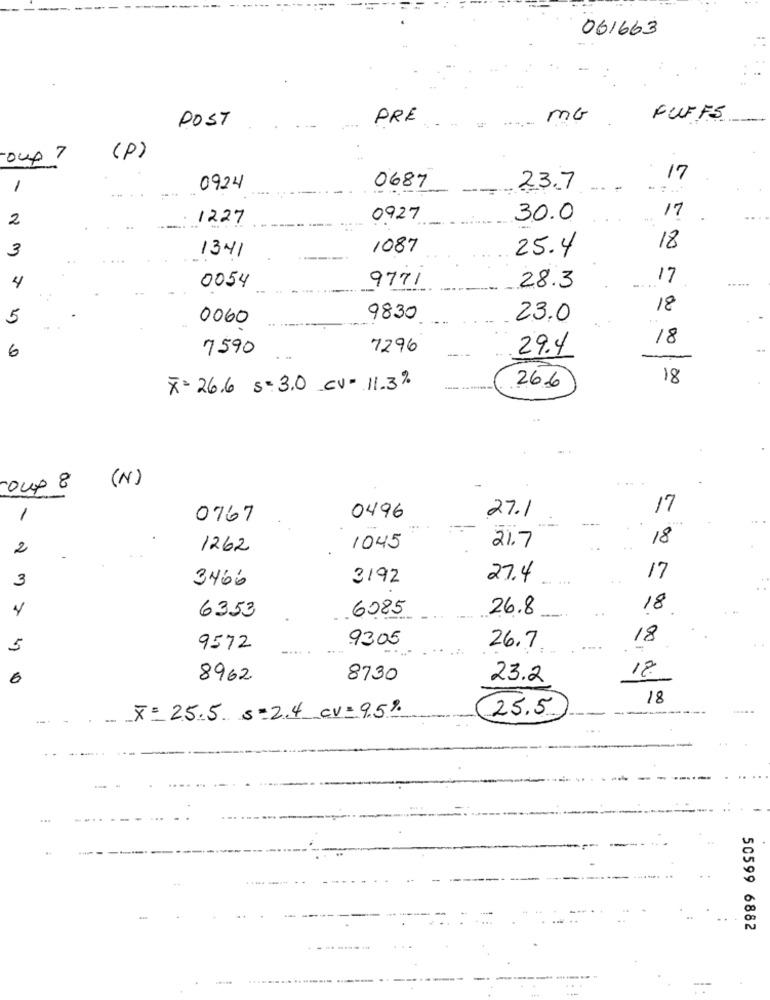
061663
POST
PRE
MG
FUFF5
oup ?
(P)
17
1
0924
0687
23.7
-
....
17
2
1227
0927
30.0
3
1341
1087
25.4
18
4
9771
17
0054
28.3
18
5
0060
9830
23.0
18
6
7590
7296
29.4
18
X= 26.6 s= 3.0 Cv = 11.3%
26.6
(N)
coup &
27.1
17
1
0767
0496
18
2
1262
1045
21.7
3
3466
3192
27.4
17
6085
26.8
18
7
6353
9305
18
5
9572
26.7
-
18.
6
8962
8730
23.2
18
-
X= 25.5 s=2.4 cv = 9.5%
25.5
50599 6882
-